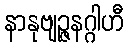
နာနုဗျဉ္ဇနဂ္ဂါဟီ